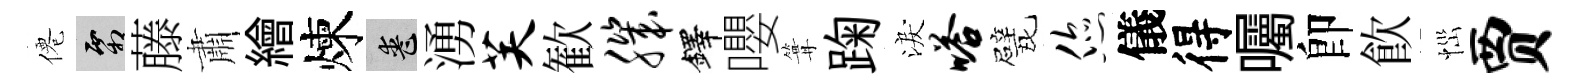
僊霜藤肅繪煉喪湧芙歓肌鐸嚶篝踘淚嗒甓您儀得囑卽飮𢙉贾